system: You are a helpful assistant.
user:
Analyze the provided spectrum to determine if it is a **"Cataclysmic Variables (CV)"**.

- **Key Indicators for CV (Check for either state):**
    - **State 1: Quiescent / Low-State (Emission-Dominated)**
        - **(Primary):** Strong and *very broad* Hydrogen Balmer emission lines (e.g., $H\alpha$ at 6563 Å, $H\beta$ at 4861 Å). The 'broadness' (high velocity dispersion, often FWHM > 1000 km/s) is the key diagnostic, indicating a high-velocity accretion disk.
        - **(Secondary):** Broad neutral Helium (He I) emission lines (e.g., 5876 Å, 6678 Å).
        - **(Key Confirmation):** Presence of high-excitation *ionized* Helium (He II) emission at 4686 Å. This is a strong indicator of accretion onto a white dwarf.
        - **(Line Profile):** Emission lines may exhibit a 'double-peaked' profile, which is a classic signature of a rotating accretion disk viewed at high inclination.

    - **State 2: Outburst / High-State (Absorption-Dominated)**
        - **(Primary):** Spectrum is dominated by a bright, blue continuum (looks like a hot star).
        - **(Secondary):** The emission lines from State 1 are weak, absent, or 'filled in', and are replaced by broad, shallow *absorption* lines (primarily Balmer and He I).
        - **(Morphology):** The overall spectrum mimics a hot B/A-type star. The crucial difference is that the absorption lines are significantly broader, shallower, and more 'washed-out' (or 'smeared') than the sharp lines of a normal stellar photosphere, due to high rotational speeds and pressure broadening in the disk.

Think first, call **spectral_visualization_tool** if needed to examine features in detail, then provide your final answer. Your response must adhere to the following strict rules:
1.  **Overall Structure:** Your response must follow the format `<think>...</think> <tool_call>...</tool_call> (if a tool is used) <answer>...</answer>`.
2.  **Tool Usage Constraint:** You may only make **one** tool call per turn.
3.  **Final Answer Format:** In the `<answer>` tag, your conclusion must be inside a `\boxed{}` command (e.g., `\boxed{YES}`), followed by your justification.

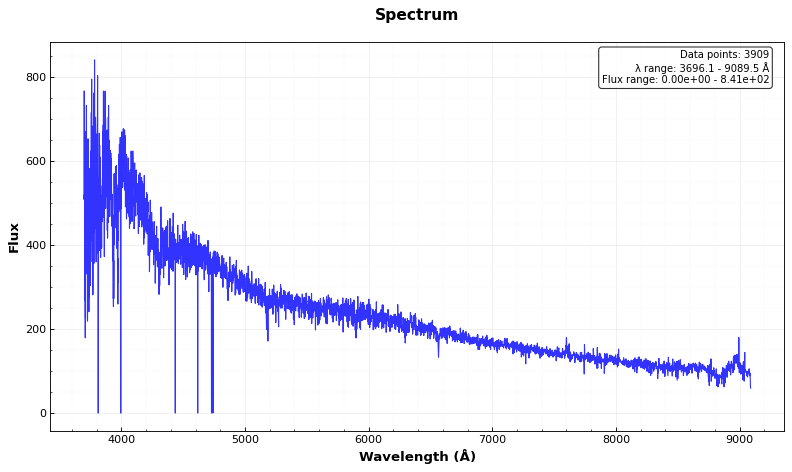
Answer: NO